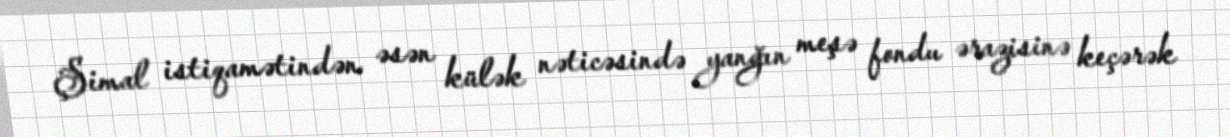
Şimal istiqamətindən əsən külək nəticəsində yanğın meşə fondu ərazisinə keçərək